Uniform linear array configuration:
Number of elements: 64
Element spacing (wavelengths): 1
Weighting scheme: hann
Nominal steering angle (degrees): -30
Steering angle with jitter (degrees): -31.877
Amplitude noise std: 0.05
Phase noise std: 0.05

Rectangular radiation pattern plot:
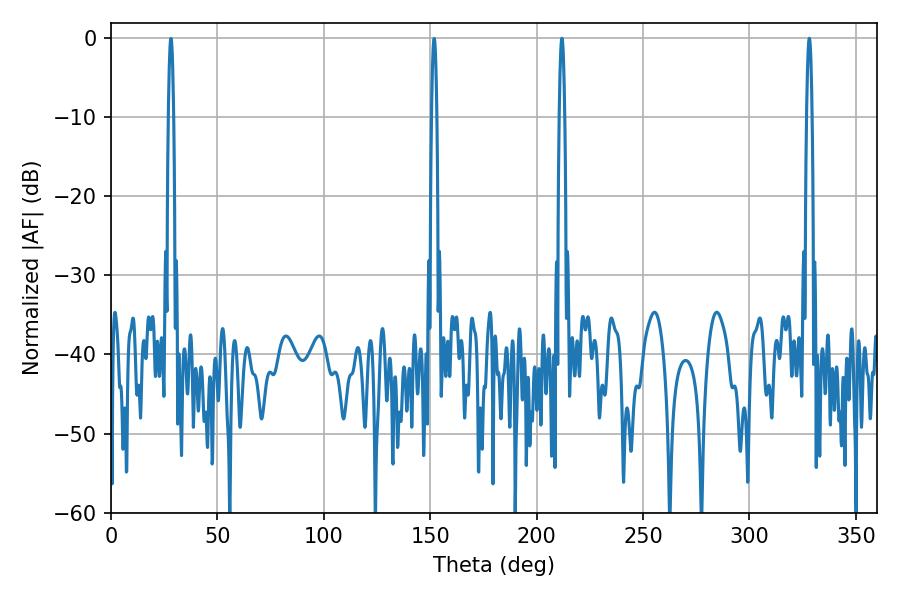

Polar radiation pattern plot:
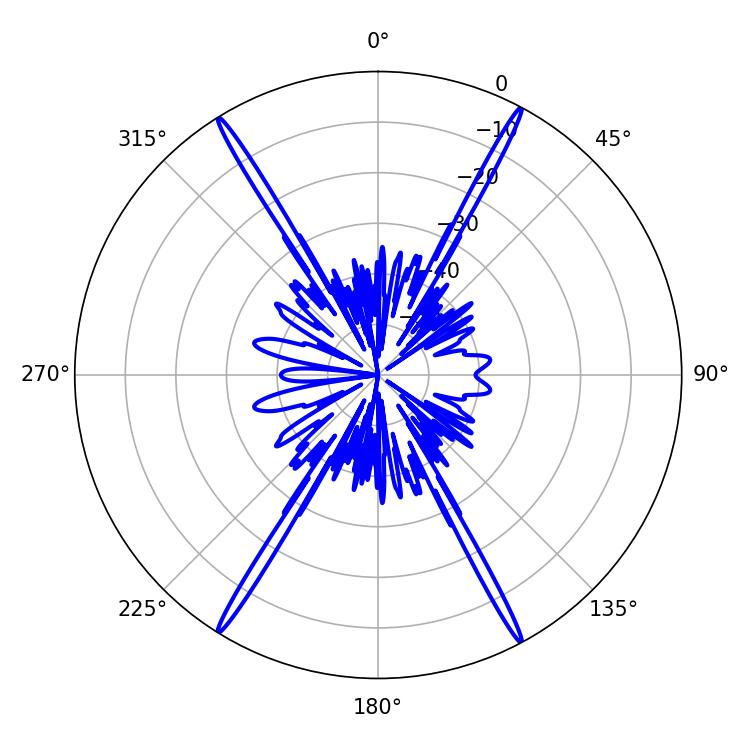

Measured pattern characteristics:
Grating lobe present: TRUE
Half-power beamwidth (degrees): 1.44
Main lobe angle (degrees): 328.14